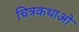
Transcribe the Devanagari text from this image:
चित्रकथाओ